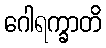
ဂေါရက္ခာတိ